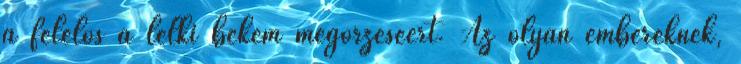
a felelős a lelki békém megőrzéséért. Az olyan embereknek,